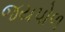
જયપોળ